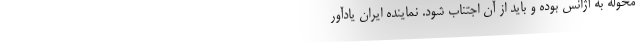
محوله به آژانس بوده و باید از آن اجتناب شود. نماینده ایران یادآور